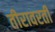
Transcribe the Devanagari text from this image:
तीरावरती